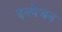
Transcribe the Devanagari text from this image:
इनवेजन